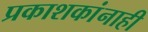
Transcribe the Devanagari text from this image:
प्रकाशकांनाही